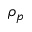
\rho _ { p }